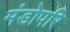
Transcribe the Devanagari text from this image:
मंडोपरि